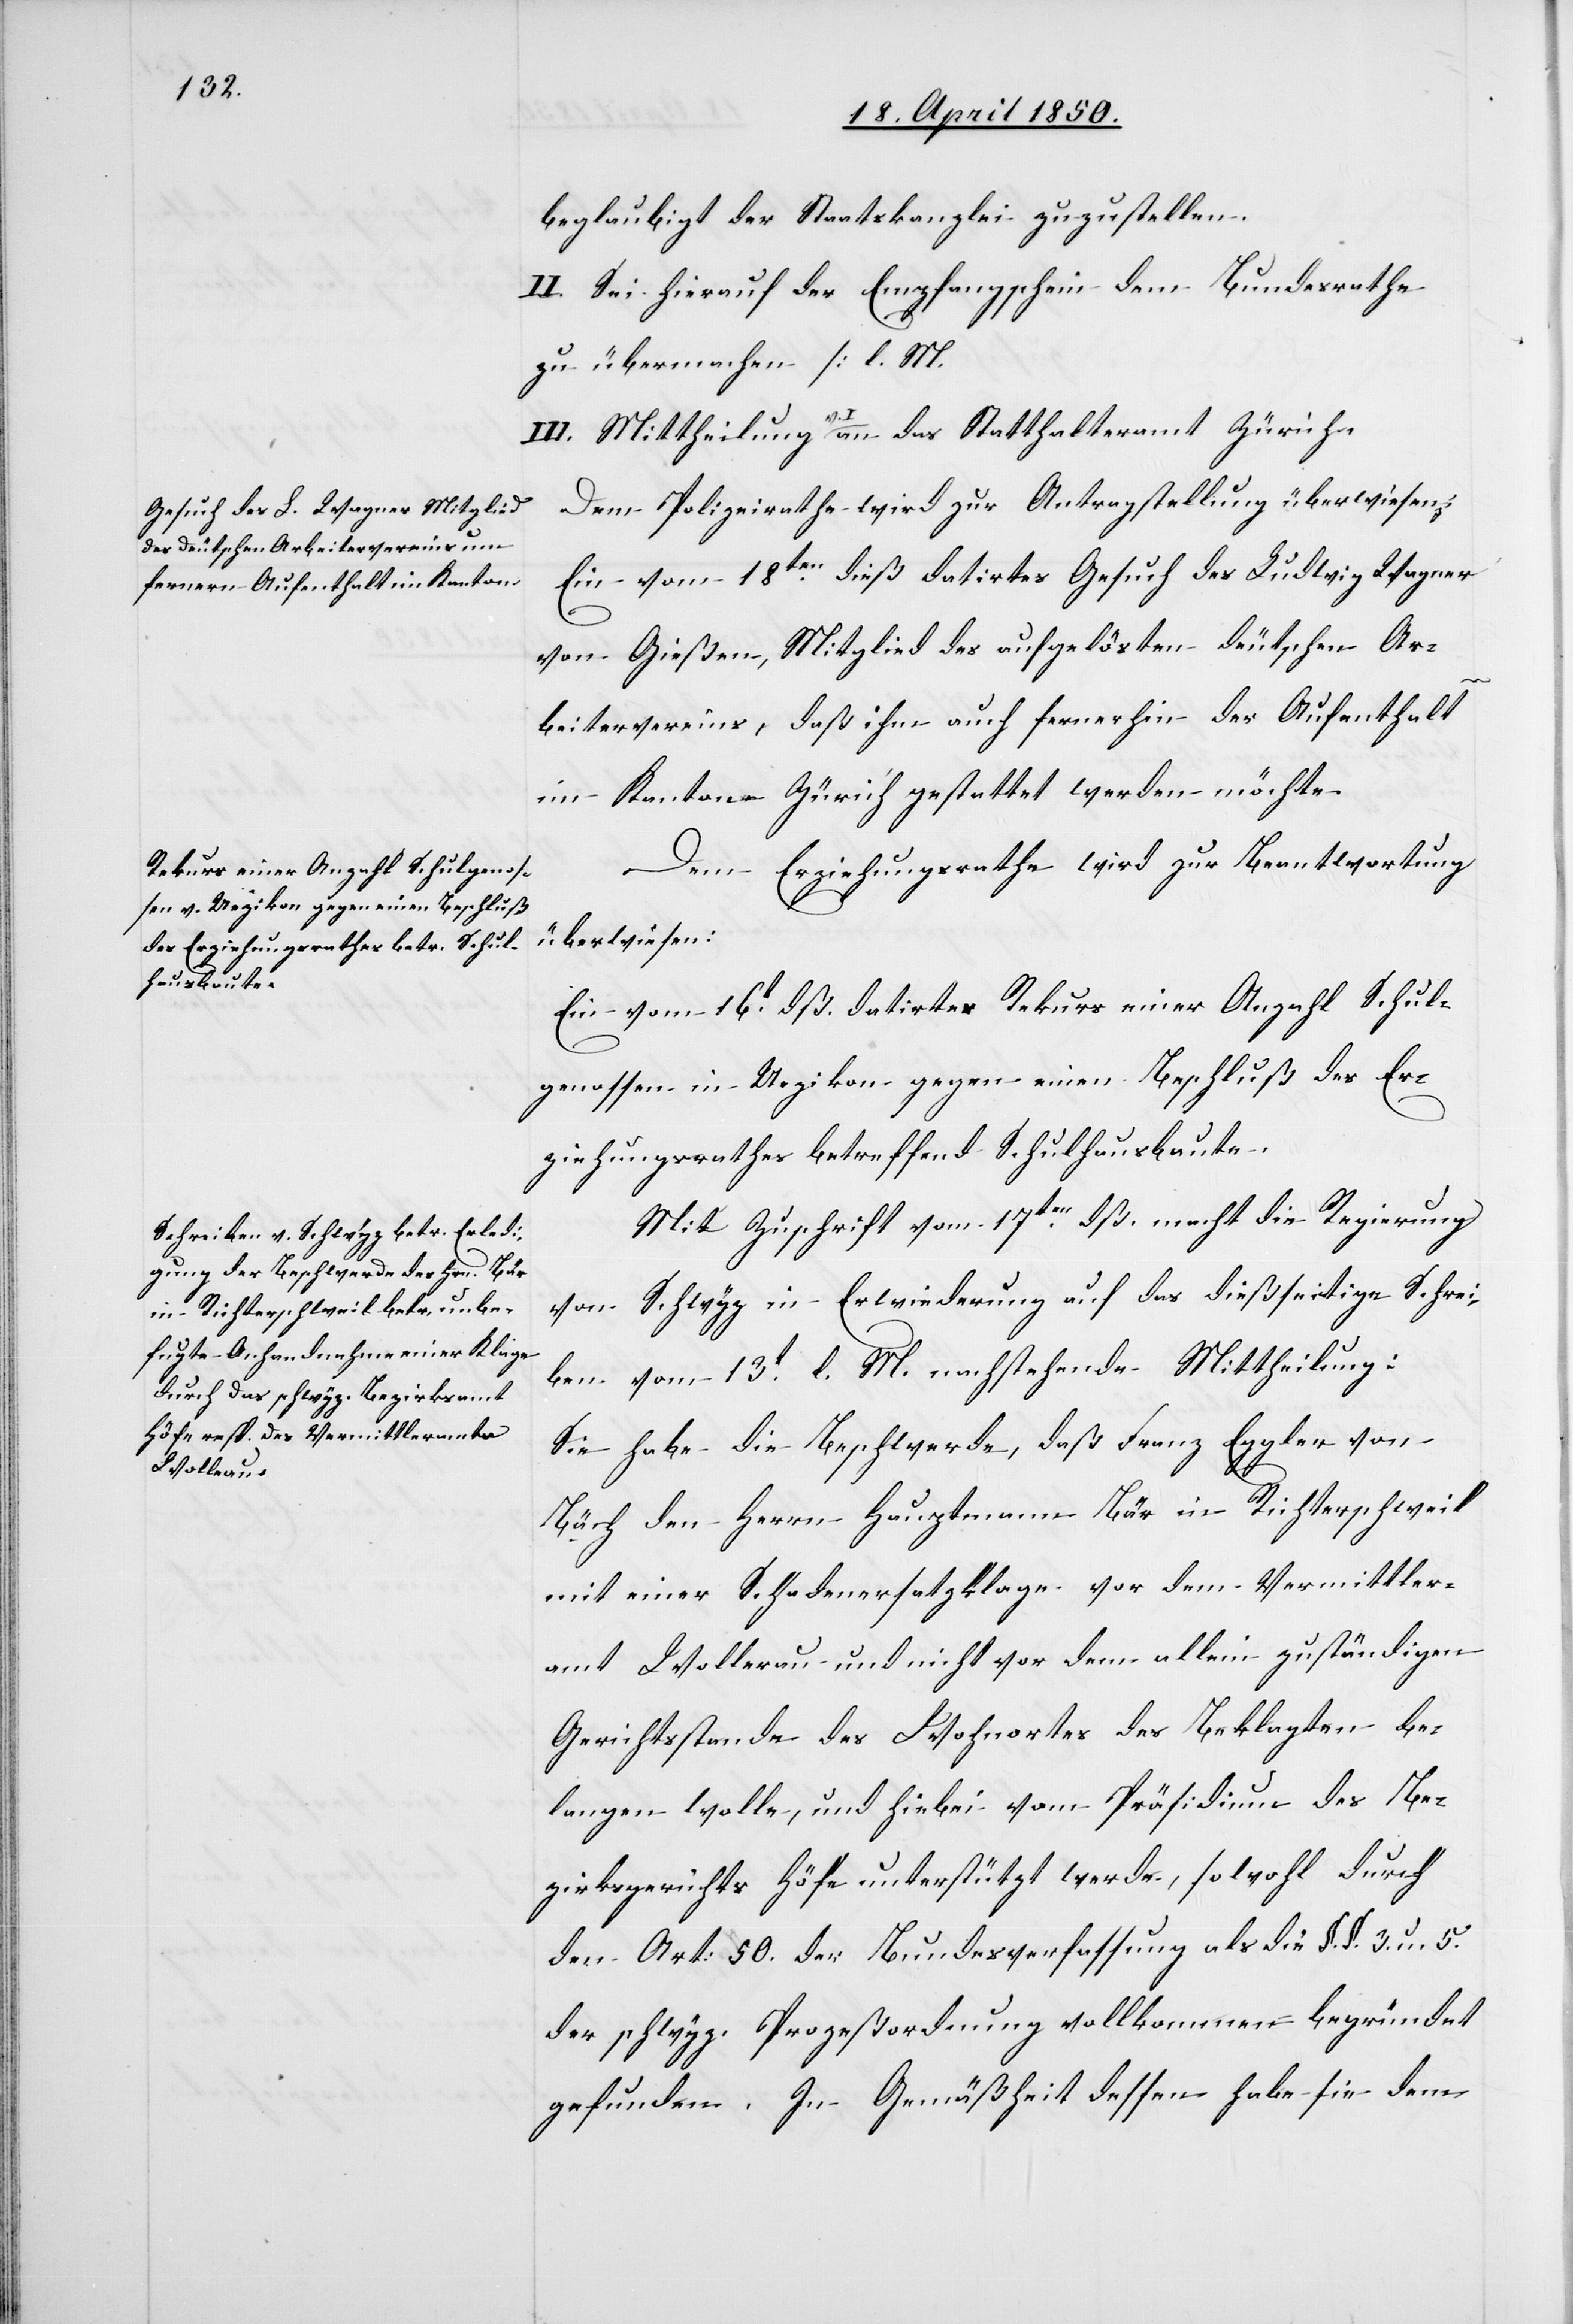
19t April 1850.]
beglaubigt der Staatskanzlei zuzustellen.
II. Sei hierauf der Empfangschein dem Bundesrathe
zu übermachen [l. M.
Dem Polizeirathe wird zur Antragstellung überwiesen:
Ein vom 18ten dieß datirtes Gesuch des Ludwig Wagner
von Gießen, Mitglied des aufgelösten deutschen Ar¬
beitervereins, daß ihm auch fernerhin der Aufenthalt
im Kantone Zürich gestattet werden möchte.
Dem Erziehungsrathe wird zur Beantwortung
überwiesen:
Ein vom 16t dß. datirter Rekurs einer Anzahl Schul¬
genossen in Uezikon gegen einen Beschluß des Er¬
ziehungsrathes betreffend Schulhausbaute.
Mit Zuschrift vom 17ten dß. macht die Regierung
von Schwyz in Erwiederung auf das dießseitige Schrei¬
ben vom 13t l. M. nachstehende Mittheilung:
Sie habe die Beschwerde, daß Franz Eggler von
Bäch den Herrn Hauptmann Bär in Richterschweil
mit einer Schadenersatzklage vor dem Vermittler¬
amt Wollerau und nicht vor dem allein zuständigen
Gerichtsstande des Wohnortes des Beklagten be¬
langen wolle, und hiebei vom Präsidium des Be¬
zirksgerichts Höfe unterstützt werde, sowohl durch
den Art: 50. der Bundesverfassung als die §. §. 3. u. 5.
der schwyz. Prozeßordnung vollkommen begründet
gefunden. In Gemäßheit dessen habe sie dem